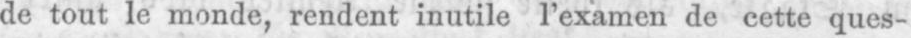
de tout le monde, rendent inutile l’examen de cette ques-